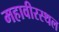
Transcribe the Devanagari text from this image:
महावीरस्थल